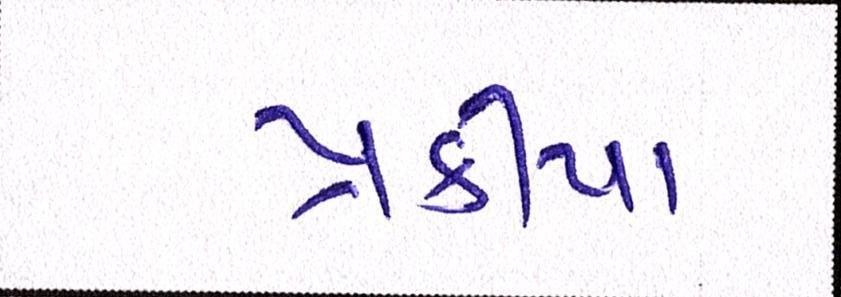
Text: પ્રક્રીયા